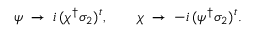
\psi \; \to \; i \, ( \chi ^ { \dagger } \sigma _ { 2 } ) ^ { t } , \qquad \chi \; \to \; - i \, ( \psi ^ { \dagger } \sigma _ { 2 } ) ^ { t } .